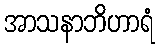
အာသနာဘိဟာရံ